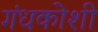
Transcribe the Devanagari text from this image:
गंधकोशी